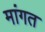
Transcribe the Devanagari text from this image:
मांगत